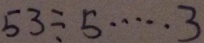
5 3 \div 5 \cdots 3